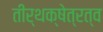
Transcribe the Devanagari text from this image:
तीर्थक्षेत्रत्व